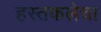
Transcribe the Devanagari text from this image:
हस्तकलेचा